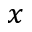
x